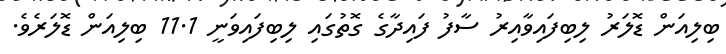
ބިލިއަން ޑޮލަރު ލިބިފައިވާއިރު ސާފު ފައިދާގެ ގޮތުގައި ލިބިފައިވަނީ 11.1 ބިލިއަން ޑޮލަރެވެ.